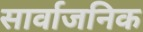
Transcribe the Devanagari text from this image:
सार्वाजनिक